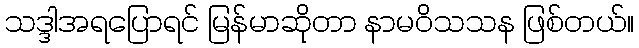
သဒ္ဒါအရပြောရင် မြန်မာဆိုတာ နာမဝိသသန ဖြစ်တယ်။